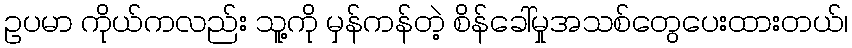
ဥပမာ ကိုယ်ကလည်း သူ့ကို မှန်ကန်တဲ့ စိန်ခေါ်မှုအသစ်တွေပေးထားတယ်၊